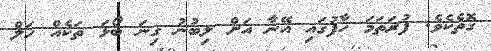
ގޮތެކެވެ. ފުރަތަމަ ހާފުގައި އޭނާ އަށް ލިބުނު ގިނަ ބޯޅަ ތަކެއް ހަލް